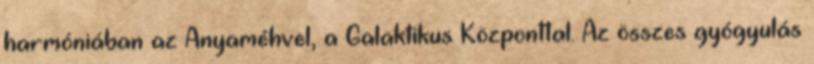
harmóniában az Anyaméhvel, a Galaktikus Központtal. Az összes gyógyulás